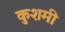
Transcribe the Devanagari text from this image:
कुशमी